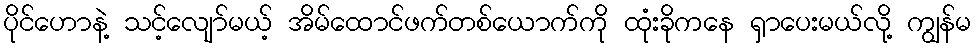
ပိုင်ဟောနဲ့ သင့်လျော်မယ့် အိမ်ထောင်ဖက်တစ်ယောက်ကို ထုံးခိုကနေ ရှာပေးမယ်လို့ ကျွန်မ